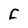
Character: C